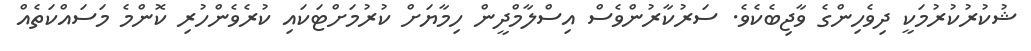
ޝުކުރުކުރުމަކީ ދިވެހިންގެ ވާޖިބެކެވެ. ސަރުކާރުންވެސް އިސްލާމްދީން ހިމާޔަށް ކުރުމަށްޓަކައި ކުރެވެންހުރި ކޮންމެ މަސައްކަތެއް